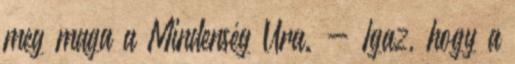
meg maga a Mindenség Ura. - Igaz, hogy a